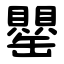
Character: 罌